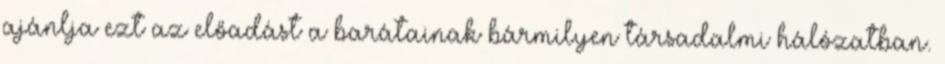
ajánlja ezt az előadást a barátainak bármilyen társadalmi hálózatban.